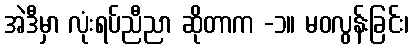
အဲဒီမှာ လုံးရပ်ညီညာ ဆိုတာက -၁။ မဝလွန်းခြင်း၊